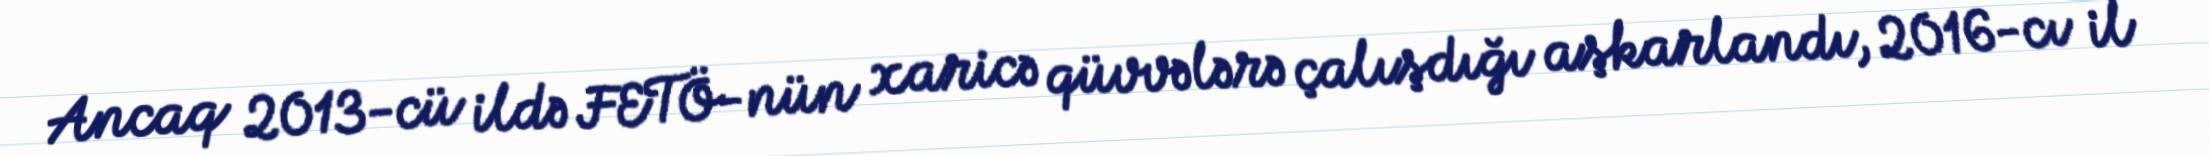
Ancaq 2013-cü ildə FETÖ-nün xaricə qüvvələrə çalışdığı aşkarlandı, 2016-cı il